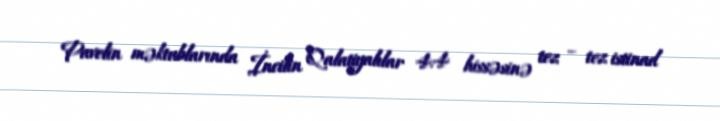
Pavelin məktublarında İncilin Qalatiyalılar 4:4 hissəsinə tez – tez istinad